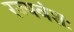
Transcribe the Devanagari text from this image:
रज्यवंशः